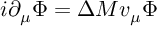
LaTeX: i \partial _ { \mu } \Phi = \Delta M v _ { \mu } \Phi